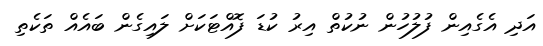
އަދި އެގެއިން ފުލުހުން ނުކުތް އިރު ކުޑަ ފޮއްޓަކަށް ލައިގެން ބައެއް ތަކެތި